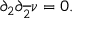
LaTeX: \partial _ { 2 } \partial _ { \overline { { { 2 } } } } \nu = 0 .